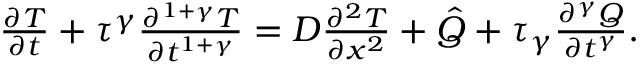
\begin{array} { r } { \frac { \partial T } { \partial t } + \tau ^ { \gamma } \frac { \partial ^ { 1 + \gamma } T } { \partial t ^ { 1 + \gamma } } = D \frac { \partial ^ { 2 } T } { \partial x ^ { 2 } } + \hat { Q } + \tau _ { \gamma } \frac { \partial ^ { \gamma } Q } { \partial t ^ { \gamma } } . } \end{array}